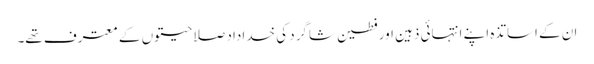
ان کے اساتذہ اپنے انتہائی ذہین اور فطین شاگرد کی خداداد صلاحیتوں کے معترف تھے۔